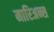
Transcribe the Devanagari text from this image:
मारिअन्स